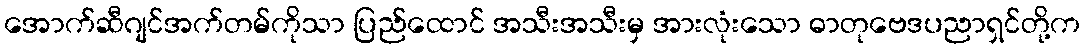
အောက်ဆီဂျင်အက်တမ်ကိုသာ ပြည်ထောင် အသီးအသီးမှ အားလုံးသော ဓာတုဗေဒပညာရှင်တို့က